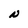
Character: N